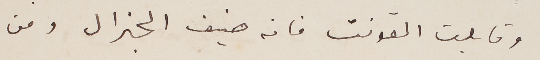
وقابلت القونت فانه ضيف الجنرال ومن